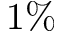
1 \%